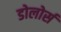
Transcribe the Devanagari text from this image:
डोलोर्स